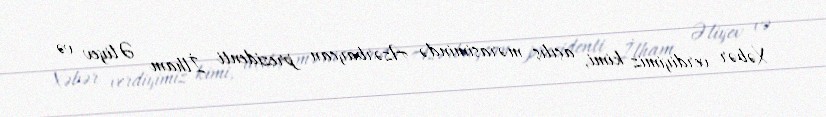
Xəbər verdiyimiz kimi, açılış mərasimində Azərbaycan prezidenti İlham Əliyev və